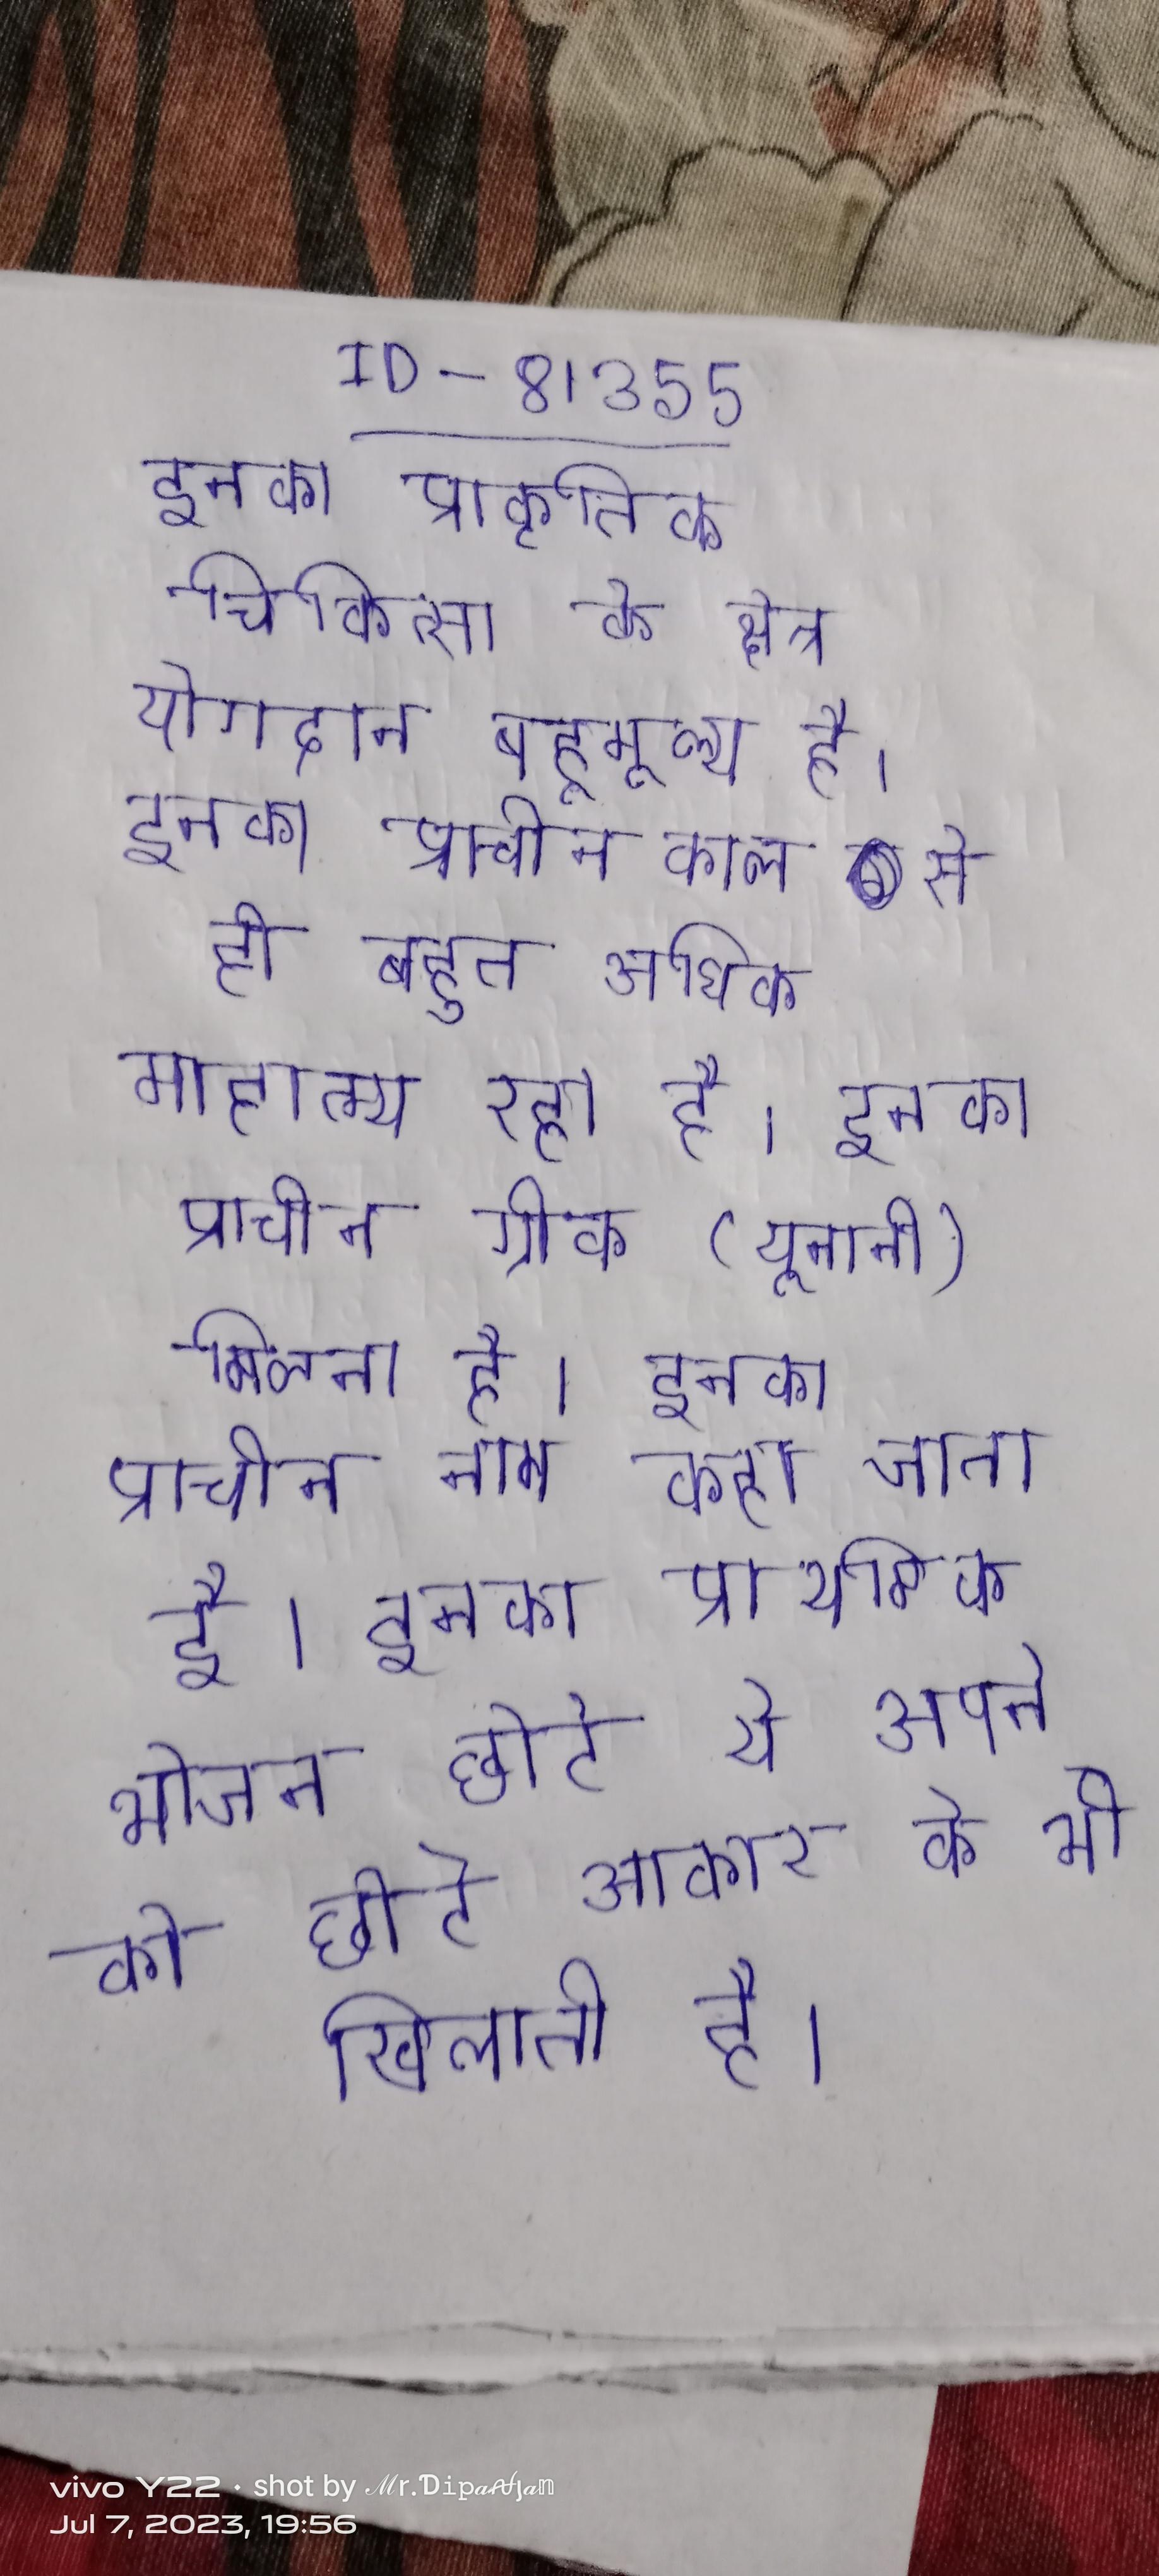
इनका प्राकृतिक चिकित्सा के क्षेत्र योगदान बहुमूल्य है । इनका प्राचीनकाल से ही बहुत अधिक माहात्म्य रहा है । इनका प्राचीन ग्रीक (यूनानी) मिलता है । इनका प्राचीन नाम कहा जाता है । इनका प्राथमिक भोजन छोटे ये अपने को छोटे आकार के भी खिलाती है ।